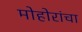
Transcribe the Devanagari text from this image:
मोहोरांचा